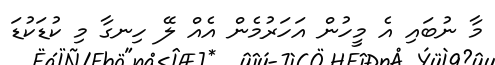
މާ ނުބައި އެ މީހުން އަހަރުމެން އެއް ލޭ ހިނގާ މި ކުޑަކުޑަ